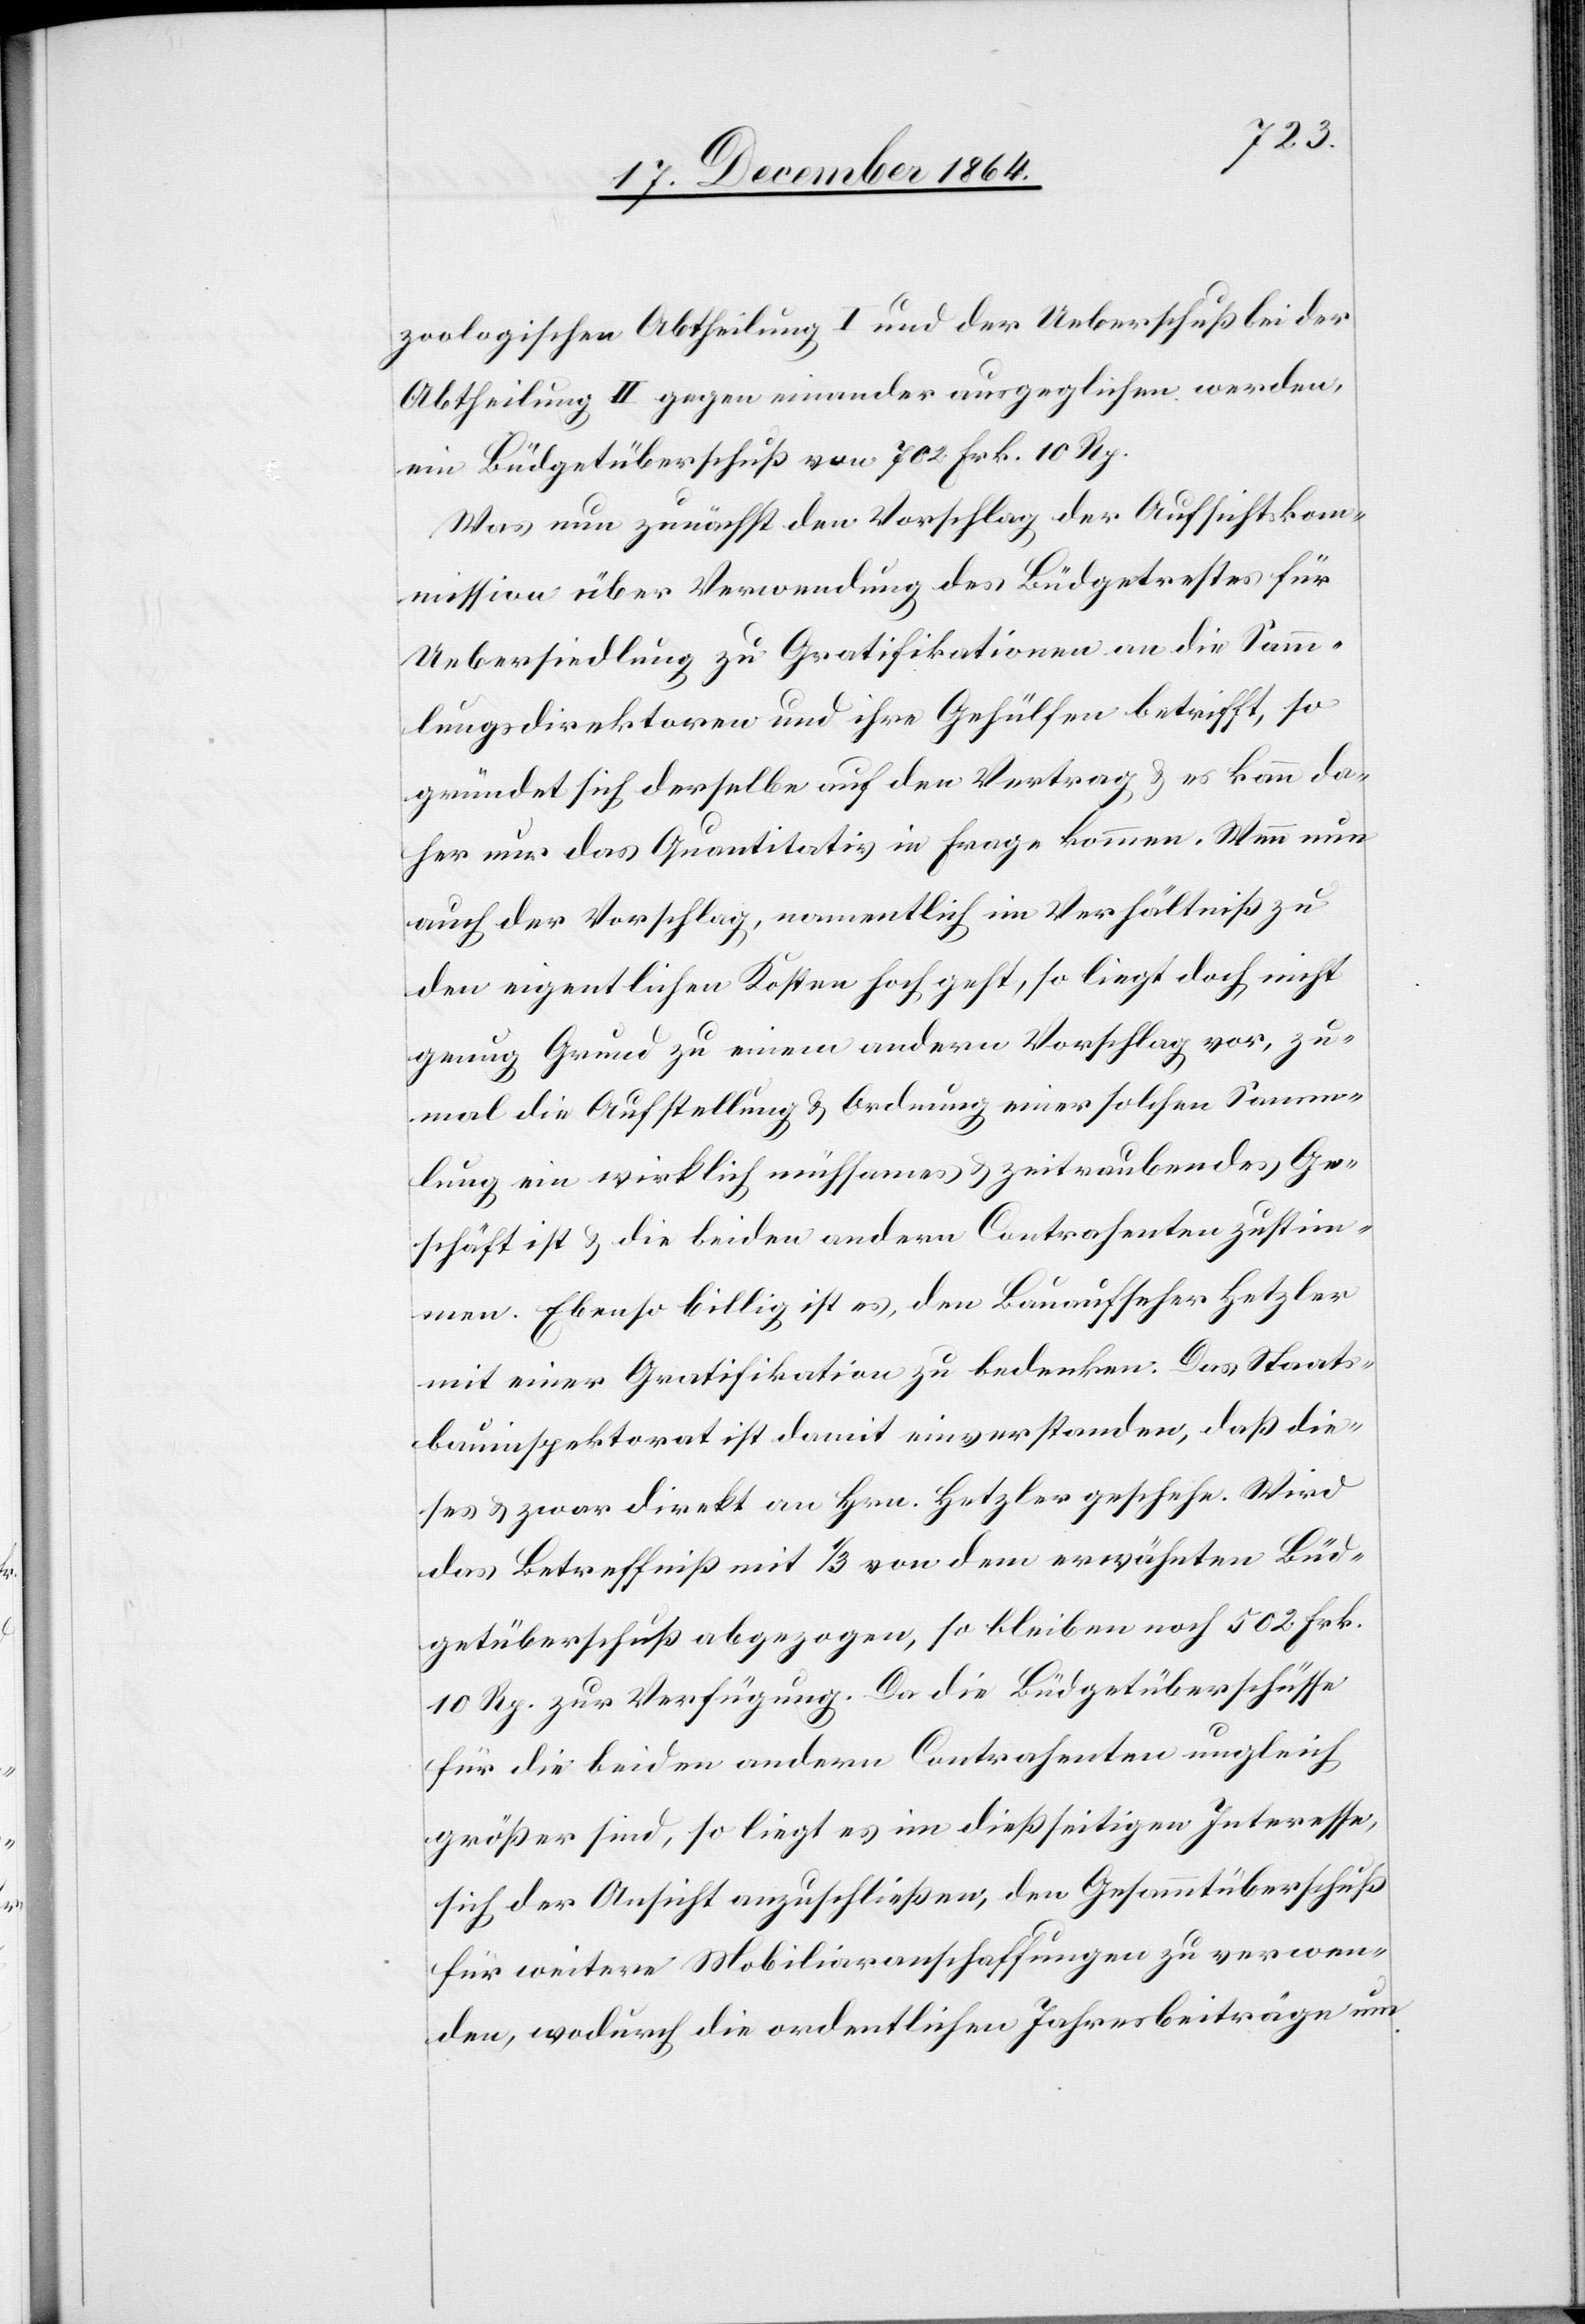
zoologischen Abtheilung I und der Ueberschuß bei der
Abtheilung II gegen einander ausgeglichen werden,
ein Büdgetüberschuß von 702 Frk. 10 Rp.
Was nun zunächst den Vorschlag der Aufsichtskom¬
mission über Verwendung des Büdgetrestes für
Uebersiedlung zu Gratifikationen an die Samm¬
lungsdirektoren und ihre Gehülfen betrifft, so
gründet sich derselbe auf den Vertrag & es kann da¬
her nur das Quantitativ in Frage kommen. Wenn nun
auch der Vorschlag, namentlich im Verhältniß zu
den eigentlichen Kosten hoch geht, so liegt doch nicht
genug Grund zu einem andern Vorschlag vor, zu¬
mal die Aufstellung & Ordnung einer solchen Samm¬
lung ein wirklich mühsames & zeitraubendes Ge¬
schäft ist & die beiden andern Contrahenten zustim¬
men. Ebenso billig ist es, den Bauaufseher Hetzler
mit einer Gratifikation zu bedenken. Das Staats¬
bauinspektorat ist damit einverstanden, daß die¬
ses & zwar direkt an Hrn. Hetzler geschehe. Wird
das Betreffniß mit 1/3 von dem erwähnten Büd¬
getüberschuß abgezogen, so bleiben noch 502 Frk.
10 Rp. zur Verfügung. Da die Büdgetüberschüsse
für die beiden andern Contrahenten ungleich
größer sind, so liegt es im dießseitigen Interesse,
sich der Ansicht anzuschließen, den Gesammtüberschuß
für weitere Mobiliaranschaffungen zu verwen¬
den, wodurch die ordentlichen Jahresbeiträge um